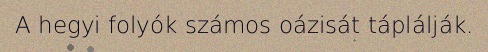
A hegyi folyók számos oázisát táplálják.